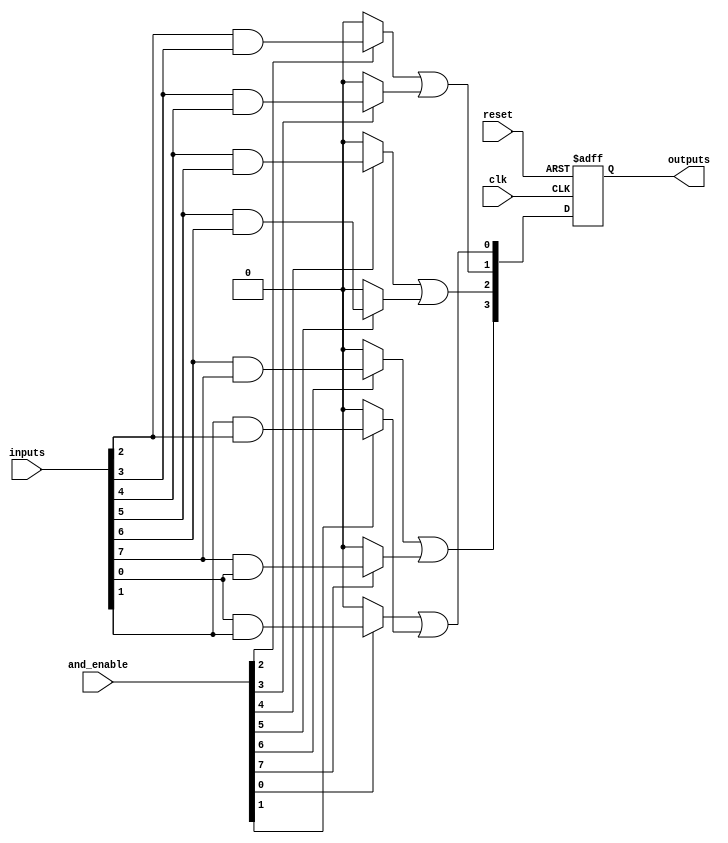
module RPAL #(
    parameter NUM_INPUTS = 8,      // Number of input lines
    parameter NUM_OUTPUTS = 4,     // Number of output lines
    parameter AND_TERMS = 16        // Number of product terms in the AND plane
)(
    input wire clk,
    input wire reset,
    input wire [NUM_INPUTS-1:0] inputs,            // Input lines
    input wire [AND_TERMS-1:0] and_enable,         // Enable signals for each AND term
    output reg [NUM_OUTPUTS-1:0] outputs           // Registered outputs
);

// Intermediate product terms
wire [AND_TERMS-1:0] product_terms;

// Programmable AND plane
genvar i;
generate
    for (i = 0; i < AND_TERMS; i = i + 1) begin : and_plane
        assign product_terms[i] = and_enable[i] ? (inputs[i % NUM_INPUTS] & inputs[(i+1) % NUM_INPUTS]) : 1'b0;
    end
endgenerate

// Fixed OR plane to combine product terms
wire [NUM_OUTPUTS-1:0] or_outputs;

assign or_outputs[0] = product_terms[0] | product_terms[1];
assign or_outputs[1] = product_terms[2] | product_terms[3];
assign or_outputs[2] = product_terms[4] | product_terms[5];
assign or_outputs[3] = product_terms[6] | product_terms[7];

// Registered outputs
always @(posedge clk or posedge reset) begin
    if (reset) begin
        outputs <= 0; // Asynchronous reset
    end else begin
        outputs <= or_outputs; // Register outputs on clock edge
    end
end

endmodule